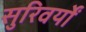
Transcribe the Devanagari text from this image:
सुरिवर्यों